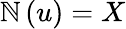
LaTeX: \mathbb{N}\left(u\right)=X